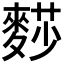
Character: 𪍋